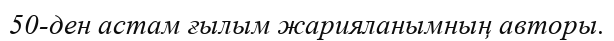
50-ден астам ғылым жарияланымның авторы.